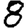
Digit: 8